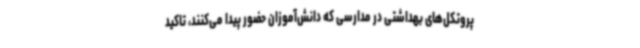
پروتکل‌های بهداشتی در مدارسی که دانش‌آموزان حضور پیدا می‌کنند، تاکید